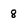
Character: 8